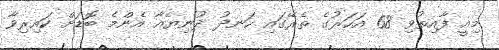
މިއީ ފާއިތުވި 68 އަހަރުގެ ތެރޭގައި ހަނދު ދުނިޔެއާ އެންމެ ބޮޑަށް ކައިރިވާ